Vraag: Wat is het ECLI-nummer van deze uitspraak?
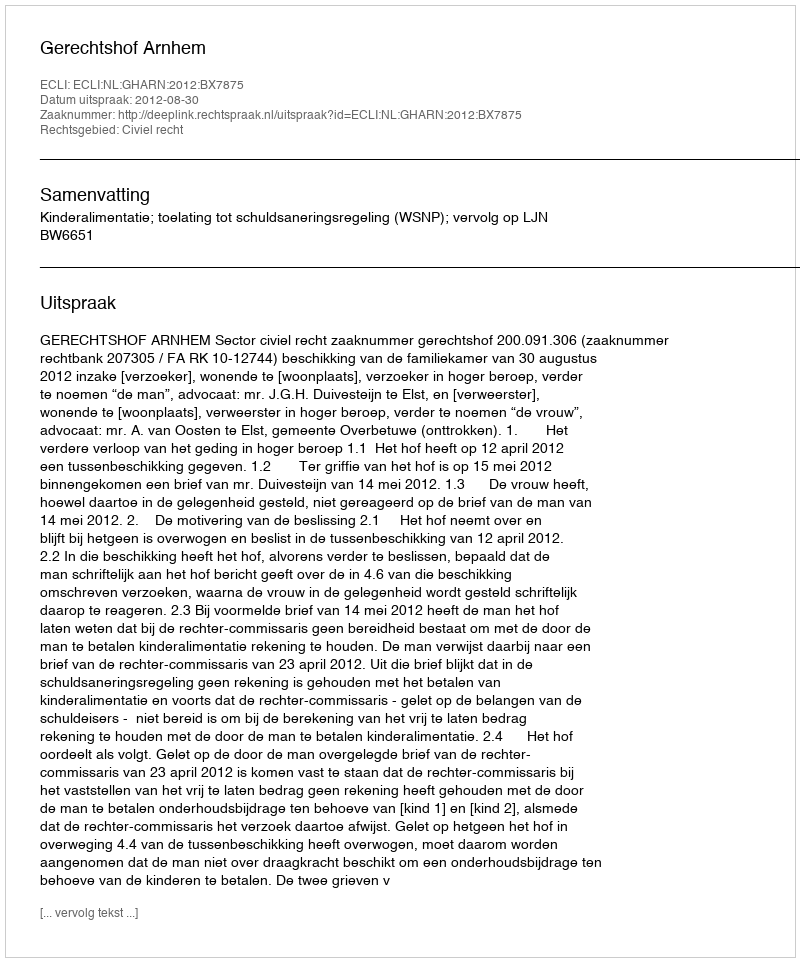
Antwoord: ECLI:NL:GHARN:2012:BX7875